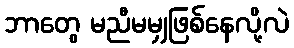
ဘာတွေ မညီမမျှဖြစ်နေလို့လဲ